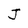
Character: J